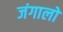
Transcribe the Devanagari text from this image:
जंगालों